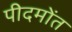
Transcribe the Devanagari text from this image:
पीदमोंत